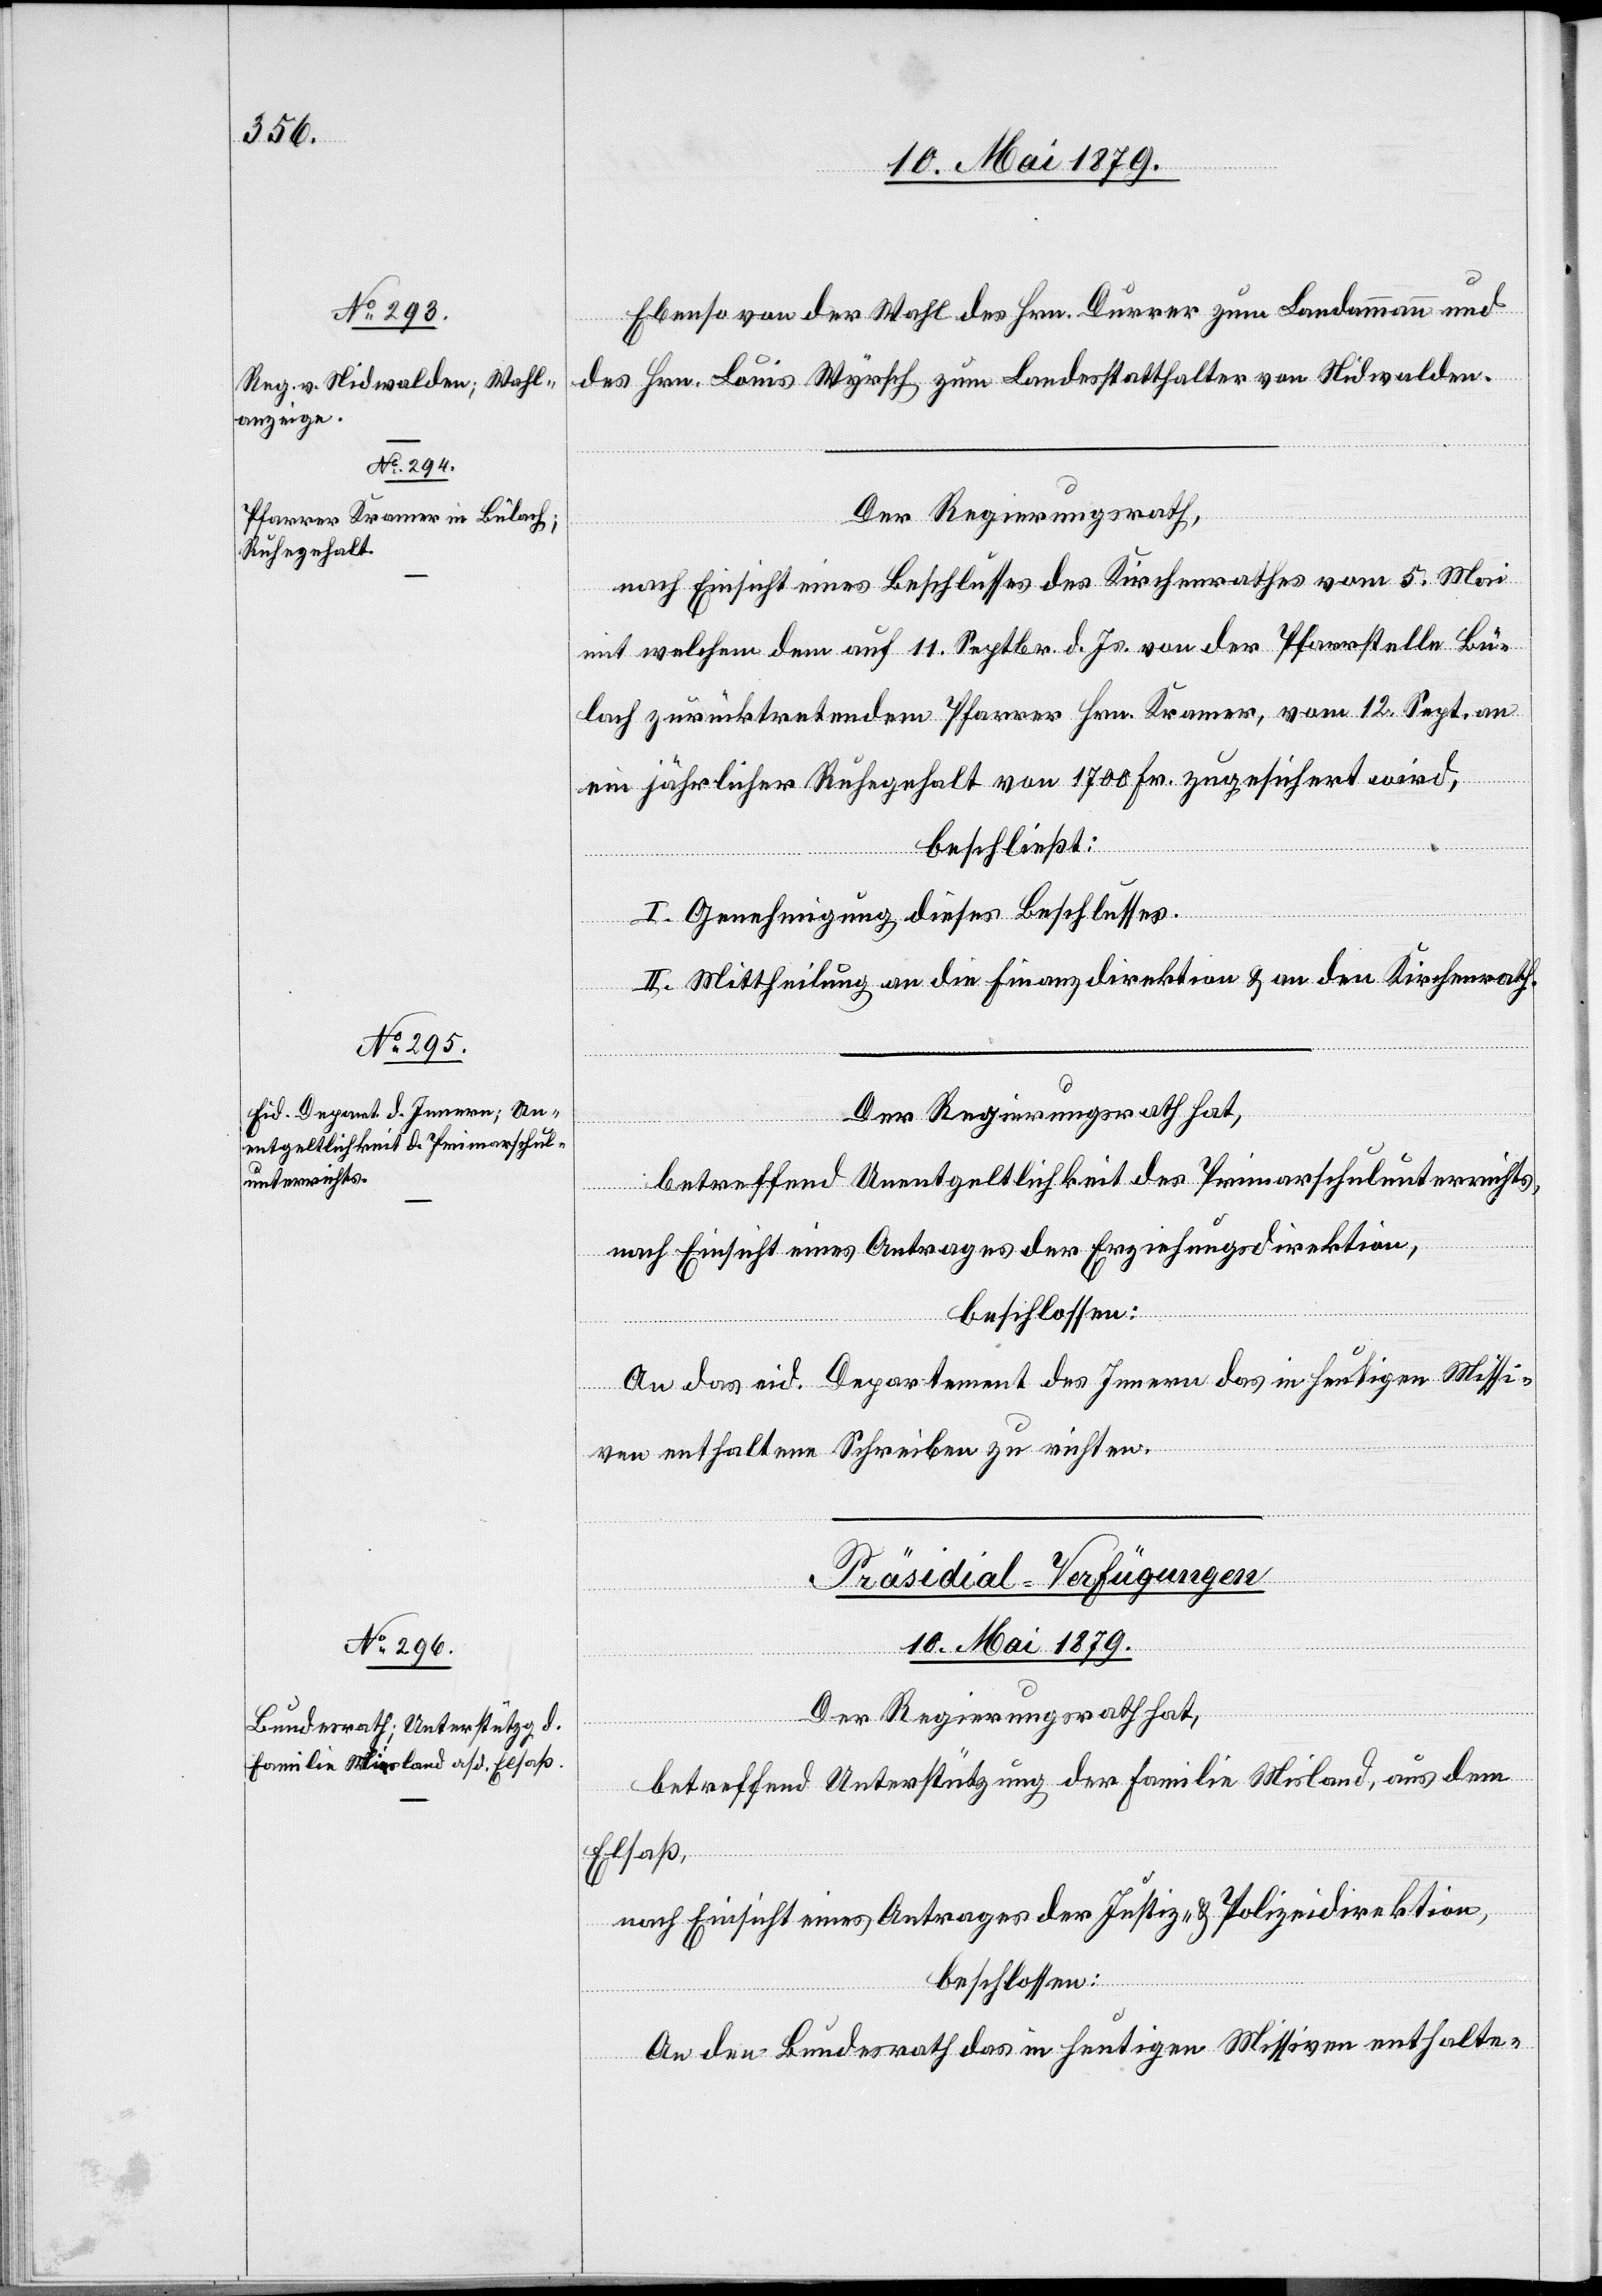
10. Mai 1879.
Ebenso von der Wahl des Hrn. Durrer zum Landammann und
des Hrn. Louis Wyrsch zum Landesstatthalter von Nidwalden.
Der Regierungsrath,
nach Einsicht eines Beschlusses des Kirchenrathes vom 5. Mai
mit welchem dem auf 11. Septbr. d. Js. von der Pfarrstelle Bü¬
lach zurücktretendem [sic!] Pfarrer Hrn. Kramer, vom 12. Sept. an
ein jährlicher Ruhegehalt von 1700 Fr. zugesichert wird,
beschließt:
I. Genehmigung dieses Beschlusses.
II. Mittheilung an die Finanzdirektion & an den Kirchenrath.
Der Regierungsrath hat,
betreffend Unentgeltlichkeit des Primarschulunterrichts,
nach Einsicht eines Antrages der Erziehungsdirektion,
beschlossen:
An das eid. Departement des Innern das in heutigen Missi¬
ven enthaltene Schreiben zu richten.
Präsidial-Verfügungen.
Der Regierungsrath hat,
betreffend Unterstützung der Familie Misland, aus dem
Elsaß,
nach Einsicht eines Antrages der Justiz- & Polizeidirektion,
beschlossen:
An den Bundesrath das in heutigen Missiven enthalte-